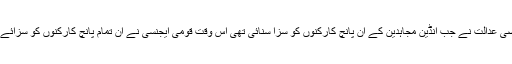
قبل ازیں این آئی اے کی خصوصی عدالت نے جب انڈین مجاہدین کے ان پانچ کارکنوں کو سزا سنائی تھی اس وقت قومی ایجنسی نے ان تمام پانچ کارکنوں کو سزائے موت دینے کی استدعا کی تھی۔